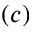
( c )